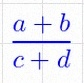
\frac{a+b}{c+d}